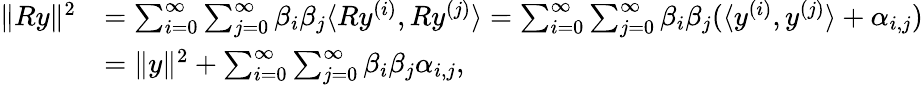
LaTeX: \begin{array}{rl}{\| Ry\| ^{2}}&{=\sum_{i=0}^{\infty}\sum_{j=0}^{\infty}\beta_{i}\beta_{j}\langle Ry^{(i)},Ry^{(j)}\rangle=\sum_{i=0}^{\infty}\sum_{j=0}^{\infty}\beta_{i}\beta_{j}(\langle y^{(i)},y^{(j)}\rangle+\alpha_{i,j})}\\ &{=\| y\| ^{2}+\sum_{i=0}^{\infty}\sum_{j=0}^{\infty}\beta_{i}\beta_{j}\alpha_{i,j},}\end{array}